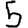
Digit: 5